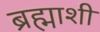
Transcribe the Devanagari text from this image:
ब्रह्माशी